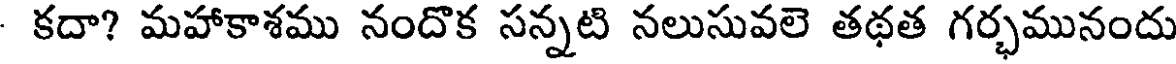
- కదా? మహాకాశము నందొక సన్నటి నలుసువలె తథత గర్భమునందు